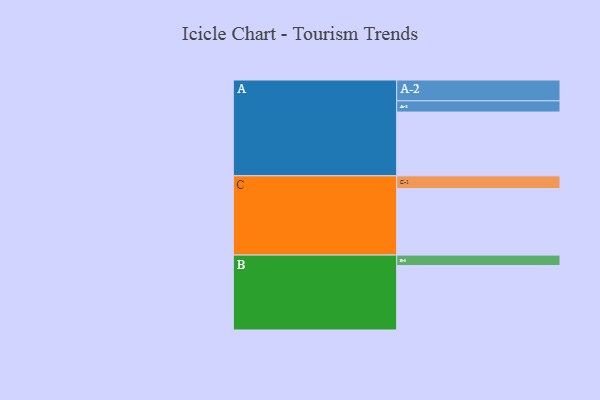
{"axis": {"x": "Segment", "y": "Value"}, "legend": ["", "A", "B", "C"], "data": [{"x": "A", "y": 539, "type": ""}, {"x": "B", "y": 545, "type": ""}, {"x": "C", "y": 562, "type": ""}, {"x": "A-1", "y": 95, "type": "A"}, {"x": "A-2", "y": 176, "type": "A"}, {"x": "B-1", "y": 88, "type": "B"}, {"x": "C-1", "y": 108, "type": "C"}]}